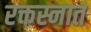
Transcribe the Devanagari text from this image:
रक्तस्नात